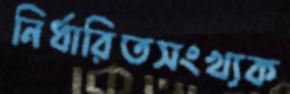
নির্ধারিতসংখ্যক